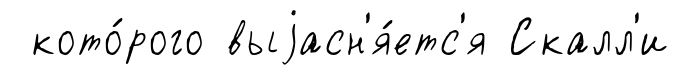
кото́рого выjасн'я́етс'я Скалл'и